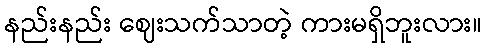
နည်းနည်း ဈေးသက်သာတဲ့ ကားမရှိဘူးလား။